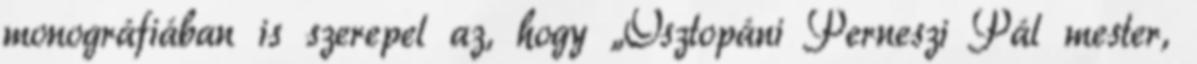
monográfiában is szerepel az, hogy „Osztopáni Perneszi Pál mester,